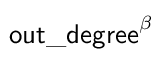
\mathsf { o u t \_ d e g r e e } ^ { \beta }